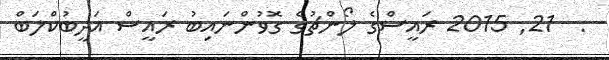
:  21